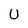
Character: U